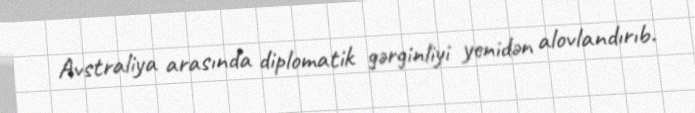
Avstraliya arasında diplomatik gərginliyi yenidən alovlandırıb.